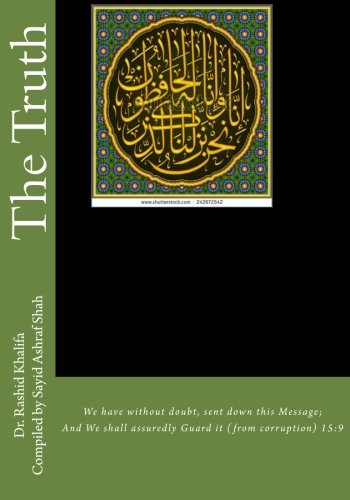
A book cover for The Truth: Computer decodes a secret code; Dr. Rashid Khalifa; Religion & Spirituality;